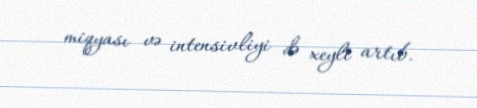
miqyası və intensivliyi də xeyli artıb.